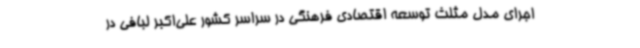
اجرای مدل مثلث توسعه اقتصادی فرهنگی در سراسر کشور علی‌اکبر لبافی در